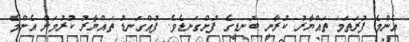
އެންމެ ފުރަތަމަ ތައްޔާރު ކުރާނީ ބޮނޑީގެ ފުށްގަނޑެވެ. ފުއްގަނޑު ތައްޔާރު ކުރުމަށް އެންމެ